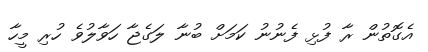
އެގޮތުން ރާ ފުޅި ފެނުނު ކަމަށް ބުނާ ލަގެޖާ ހަވާލުވެ ހުރި މީހާ